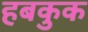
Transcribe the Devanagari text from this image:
हबकुक